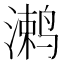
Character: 𱊞